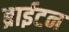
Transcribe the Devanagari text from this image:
ब्राईटन